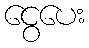
ငွေပေး